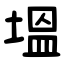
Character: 塭